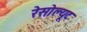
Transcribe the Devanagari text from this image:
रेसोल्यूट